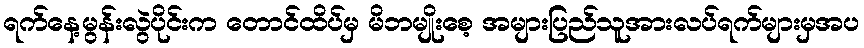
ရက်နေ့မွန်းလွဲပိုင်းက တောင်ထိပ်မှ မိဘမျိုးစေ့ အများပြည်သူအားလပ်ရက်များမှအပ